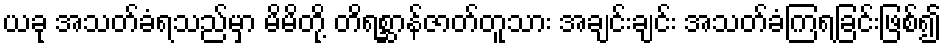
ယခု အသတ်ခံရသည်မှာ မိမိတို့ တိရစ္ဆာန်ဇာတ်တူသား အချင်းချင်း အသတ်ခံကြရခြင်းဖြစ်၍